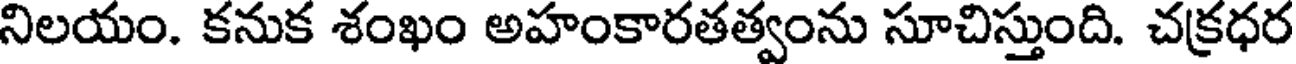
నిలయం. కనుక శంఖం అహంకారతత్వంను సూచిస్తుంది. చక్రధర